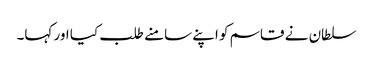
سلطان نے قاسم کو اپنے سامنے طلب کیا اور کہا۔